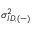
\sigma _ { I D , ( - ) } ^ { 2 }